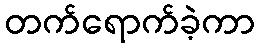
တက်ရောက်ခဲ့ကာ